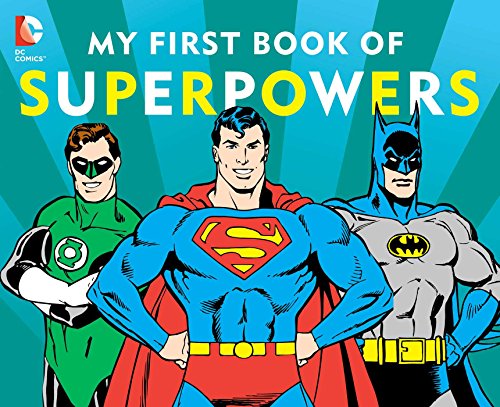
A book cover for My First Book of Superpowers (DC Super Heroes); David Katz; Children's Books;